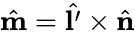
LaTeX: \hat{\mathbf{m}}=\hat{\mathbf{l^{\prime}}}\times\hat{\mathbf{n}}